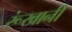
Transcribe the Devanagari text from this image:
रूंखानी